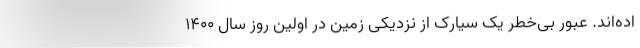
اده‌اند. عبور بی‌خطر یک سیارک از نزدیکی زمین در اولین روز سال ۱۴۰۰